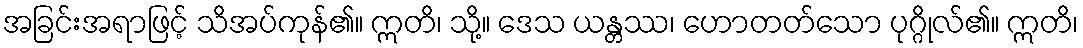
အခြင်းအရာဖြင့် သိအပ်ကုန်၏။ ဣတိ၊ သို့။ ဒေသ ယန္တဿ၊ ဟောတတ်သော ပုဂ္ဂိုလ်၏။ ဣတိ၊